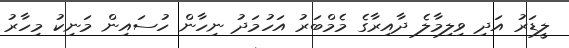
ލީޑަރު އަދި ވިލިމާލެ ދާއިރާގެ މެމްބަރު އަހުމަދު ނިހާން ހުސައިން މަނިކު މިހާރު